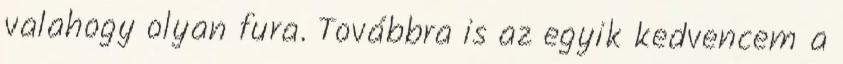
valahogy olyan fura. Továbbra is az egyik kedvencem a